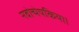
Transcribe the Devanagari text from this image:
नवोन्मेषकिया।